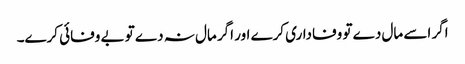
اگر اسے مال دے تو وفاداری کرے اور اگر مال نہ دے تو بے وفائی کرے۔